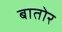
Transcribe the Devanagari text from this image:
बातोर